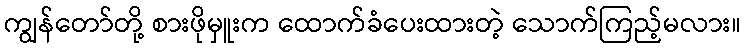
ကျွန်တော်တို့ စားဖိုမှူးက ထောက်ခံပေးထားတဲ့ သောက်ကြည့်မလား။